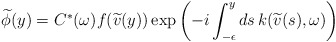
\begin{align*}\widetilde{\phi}(y) = C^*(\omega) f(\widetilde{v}(y))\exp\left(-i\int_{-\epsilon}^{y}ds\, k(\widetilde{v}(s),\omega)\right)\end{align*}